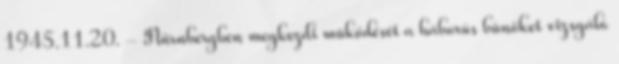
1945.11.20. - Nürnbergben megkezdi mûködését a háborús bûnöket vizsgáló